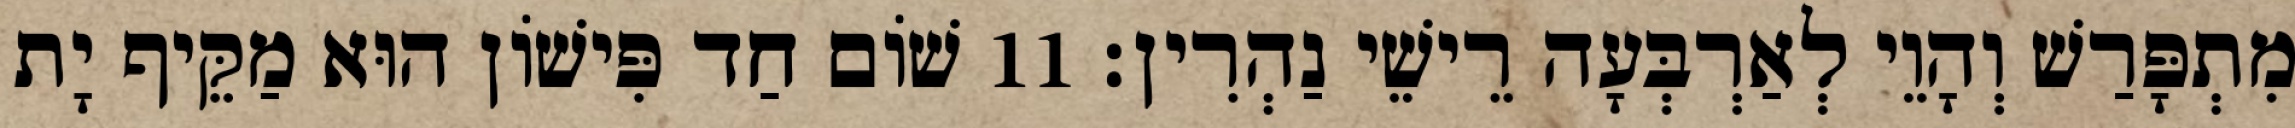
מִתְפָּרַשׁ וְהָוֵי לְאַרְבְּעָה רֵישֵׁי נַהְרִין׃ 11 שׁוֹם חַד פִּישׁוֹן הוּא מַקֵּיף יָת